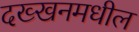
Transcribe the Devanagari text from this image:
दख्खनमधील